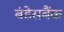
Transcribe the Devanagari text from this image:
बंडेसबैंक